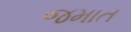
જમાત